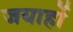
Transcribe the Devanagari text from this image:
जयार्हो